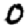
Digit: 0